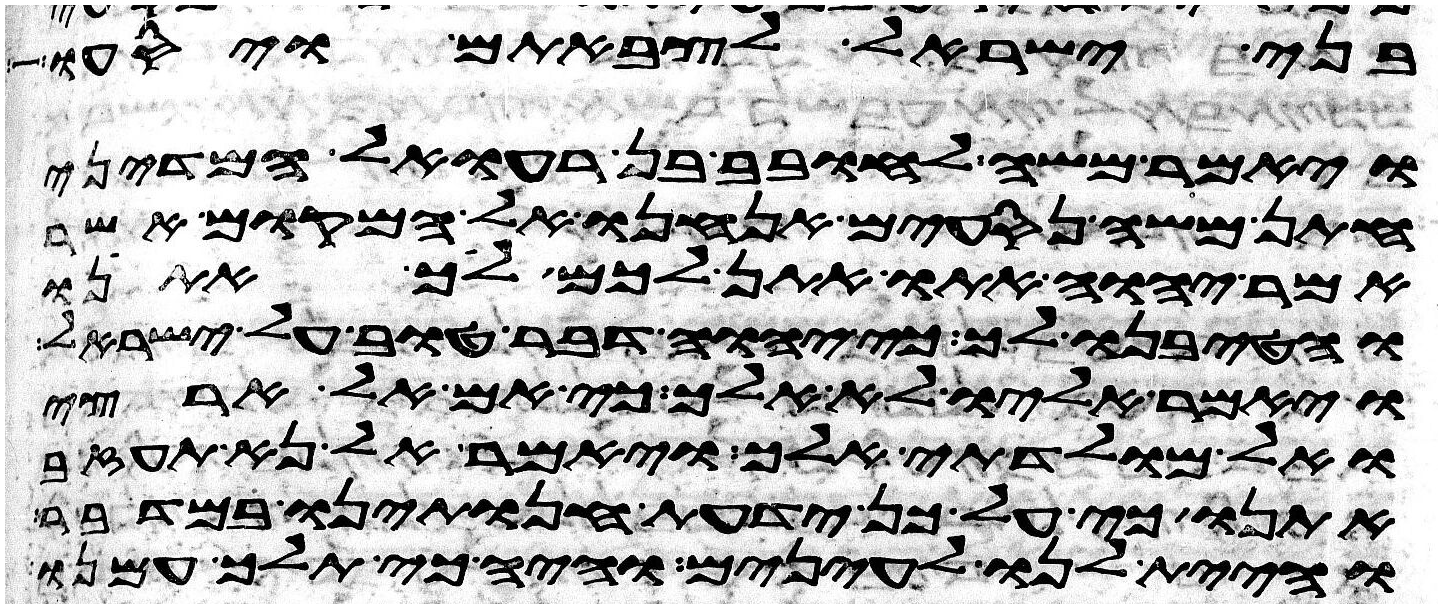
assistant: בני ישראל לצבאתם ויסעו
ויאמר משה לחובב בן רעואל המדיני
חתן משה נסעים אנחנו אל המקום אשר
אמר יהוה אתו אתן לכם לך אתנו
והטיבנו לך כי יהוה דבר טוב על ישראל
ויאמר אליו לא אלך כי אם אל ארצי
ואל מולדתי אלך ויאמר אל נא תעזב
אתנו כי על כן ידעת חנתינו במדבר
והיית לנו לעינים והיה כי תלך עמנו